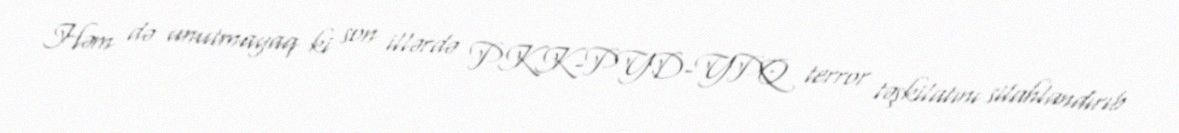
Həm də unutmayaq ki son illərdə PKK-PYD-YPQ terror təşkilatını silahlandırıb